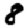
Digit: 8